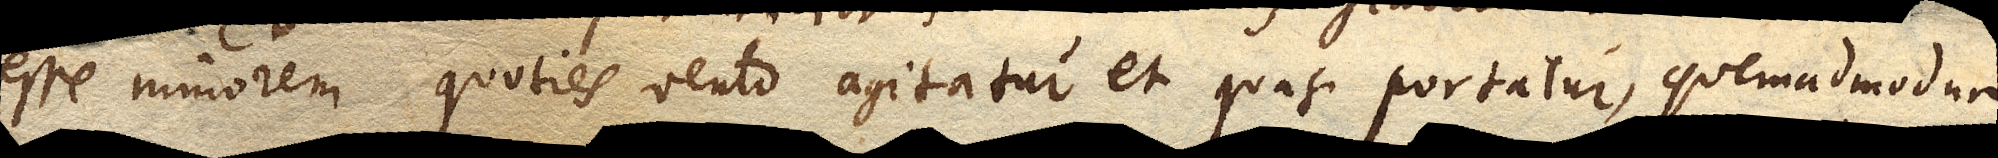
esse minorem, quoties vento agitatur et quasi portatur, quemadmodum